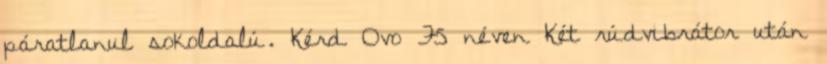
páratlanul sokoldalú. Kérd Ovo F5 néven Két rúdvibrátor után